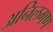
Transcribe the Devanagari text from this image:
अनिलगण